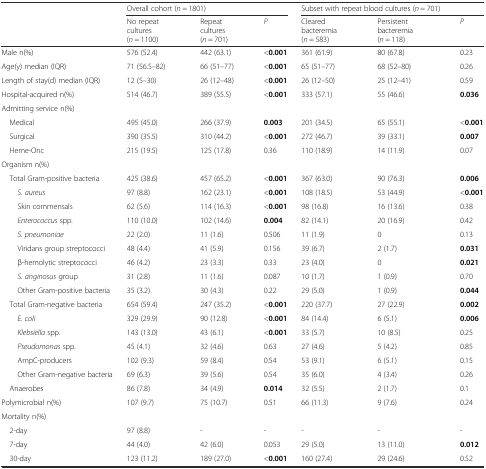
<table><thead><tr><td></td><td colspan="3"><b>Overall cohort (<i>n</i> = 1801)</b></td><td colspan="3"><b>Subset with repeat blood cultures (<i>n</i> = 701)</b></td></tr><tr><td></td><td><b>No repeat cultures(<i>n</i> = 1100)</b></td><td><b>Repeat cultures(<i>n</i> = 701)</b></td><td><b><i>P</i></b></td><td><b>Cleared bacteremia(<i>n</i> = 583)</b></td><td><b>Persistent bacteremia(<i>n</i> = 118)</b></td><td><b><i>P</i></b></td></tr></thead><tbody><tr><td>Male n(%)</td><td>576 (52.4)</td><td>442 (63.1)</td><td>&lt;<b>0.001</b></td><td>361 (61.9)</td><td>80 (67.8)</td><td>0.23</td></tr><tr><td>Age(y) median (IQR)</td><td>71 (56.5–82)</td><td>66 (51–77)</td><td>&lt;<b>0.001</b></td><td>65 (51–77)</td><td>68 (52–80)</td><td>0.26</td></tr><tr><td>Length of stay(d) median (IQR)</td><td>12 (5–30)</td><td>26 (12–48)</td><td>&lt;<b>0.001</b></td><td>26 (12–50)</td><td>25 (12–41)</td><td>0.59</td></tr><tr><td>Hospital-acquired n(%)</td><td>514 (46.7)</td><td>389 (55.5)</td><td>&lt;<b>0.001</b></td><td>333 (57.1)</td><td>55 (46.6)</td><td><b>0.036</b></td></tr><tr><td>Admitting service n(%)</td><td></td><td></td><td></td><td></td><td></td><td></td></tr><tr><td> Medical</td><td>495 (45.0)</td><td>266 (37.9)</td><td><b>0.003</b></td><td>201 (34.5)</td><td>65 (55.1)</td><td>&lt;<b>0.001</b></td></tr><tr><td> Surgical</td><td>390 (35.5)</td><td>310 (44.2)</td><td>&lt;<b>0.001</b></td><td>272 (46.7)</td><td>39 (33.1)</td><td><b>0.007</b></td></tr><tr><td> Heme-Onc</td><td>215 (19.5)</td><td>125 (17.8)</td><td>0.36</td><td>110 (18.9)</td><td>14 (11.9)</td><td>0.07</td></tr><tr><td>Organism n(%)</td><td></td><td></td><td></td><td></td><td></td><td></td></tr><tr><td> Total Gram-positive bacteria</td><td>425 (38.6)</td><td>457 (65.2)</td><td>&lt;<b>0.001</b></td><td>367 (63.0)</td><td>90 (76.3)</td><td><b>0.006</b></td></tr><tr><td><i>S. aureus</i></td><td>97 (8.8)</td><td>162 (23.1)</td><td>&lt;<b>0.001</b></td><td>108 (18.5)</td><td>53 (44.9)</td><td>&lt;<b>0.001</b></td></tr><tr><td>Skin commensals</td><td>62 (5.6)</td><td>114 (16.3)</td><td>&lt;<b>0.001</b></td><td>98 (16.8)</td><td>16 (13.6)</td><td>0.38</td></tr><tr><td><i>Enterococcus</i> spp.</td><td>110 (10.0)</td><td>102 (14.6)</td><td><b>0.004</b></td><td>82 (14.1)</td><td>20 (16.9)</td><td>0.42</td></tr><tr><td><i>S. pneumoniae</i></td><td>22 (2.0)</td><td>11 (1.6)</td><td>0.506</td><td>11 (1.9)</td><td>0</td><td>0.13</td></tr><tr><td>Viridans group streptococci</td><td>48 (4.4)</td><td>41 (5.9)</td><td>0.156</td><td>39 (6.7)</td><td>2 (1.7)</td><td><b>0.031</b></td></tr><tr><td>β-hemolytic streptococci</td><td>46 (4.2)</td><td>23 (3.3)</td><td>0.33</td><td>23 (4.0)</td><td>0</td><td><b>0.021</b></td></tr><tr><td><i>S. anginosus</i> group</td><td>31 (2.8)</td><td>11 (1.6)</td><td>0.087</td><td>10 (1.7)</td><td>1 (0.9)</td><td>0.70</td></tr><tr><td>Other Gram-positive bacteria</td><td>35 (3.2)</td><td>30 (4.3)</td><td>0.22</td><td>29 (5.0)</td><td>1 (0.9)</td><td><b>0.044</b></td></tr><tr><td> Total Gram-negative bacteria</td><td>654 (59.4)</td><td>247 (35.2)</td><td>&lt;<b>0.001</b></td><td>220 (37.7)</td><td>27 (22.9)</td><td><b>0.002</b></td></tr><tr><td><i>E. coli</i></td><td>329 (29.9)</td><td>90 (12.8)</td><td>&lt;<b>0.001</b></td><td>84 (14.4)</td><td>6 (5.1)</td><td><b>0.006</b></td></tr><tr><td><i>Klebsiella</i> spp.</td><td>143 (13.0)</td><td>43 (6.1)</td><td>&lt;<b>0.001</b></td><td>33 (5.7)</td><td>10 (8.5)</td><td>0.25</td></tr><tr><td><i>Pseudomonas</i> spp.</td><td>45 (4.1)</td><td>32 (4.6)</td><td>0.63</td><td>27 (4.6)</td><td>5 (4.2)</td><td>0.85</td></tr><tr><td>AmpC-producers</td><td>102 (9.3)</td><td>59 (8.4)</td><td>0.54</td><td>53 (9.1)</td><td>6 (5.1)</td><td>0.15</td></tr><tr><td>Other Gram-negative bacteria</td><td>69 (6.3)</td><td>39 (5.6)</td><td>0.54</td><td>35 (6.0)</td><td>4 (3.4)</td><td>0.26</td></tr><tr><td> Anaerobes</td><td>86 (7.8)</td><td>34 (4.9)</td><td><b>0.014</b></td><td>32 (5.5)</td><td>2 (1.7)</td><td>0.1</td></tr><tr><td>Polymicrobial n(%)</td><td>107 (9.7)</td><td>75 (10.7)</td><td>0.51</td><td>66 (11.3)</td><td>9 (7.6)</td><td>0.24</td></tr><tr><td>Mortality n(%)</td><td></td><td></td><td></td><td></td><td></td><td></td></tr><tr><td> 2-day</td><td>97 (8.8)</td><td>-</td><td>-</td><td>-</td><td>-</td><td>-</td></tr><tr><td> 7-day</td><td>44 (4.0)</td><td>42 (6.0)</td><td>0.053</td><td>29 (5.0)</td><td>13 (11.0)</td><td><b>0.012</b></td></tr><tr><td> 30-day</td><td>123 (11.2)</td><td>189 (27.0)</td><td>&lt;<b>0.001</b></td><td>160 (27.4)</td><td>29 (24.6)</td><td>0.52</td></tr></tbody></table>